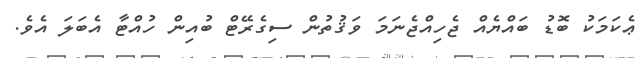
ޢެކަމަކު ބޮޑު ބައްޔެއް ޖެހިއްޖެނަމަ ވަޤުތުން ސިގެރޭޓް ބުއިން ހުއްޓާ އެބަލަ އެވެ.